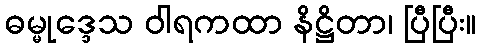
ဓမ္မုဒ္ဒေသ ဝါရကထာ နိဋ္ဌိတာ၊ ပြီပြီး။